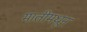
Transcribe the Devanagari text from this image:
मातीमधून